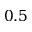
0 . 5